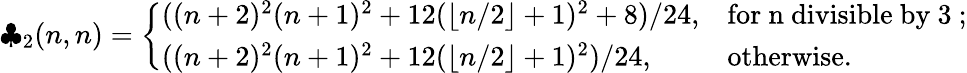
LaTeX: \clubsuit_{2}(n,n)=\left\{ \begin{array}{ll}{((n+2)^{2}(n+1)^{2}+12(\lfloor n/2\rfloor+1)^{2}+8)/24,}&{\mathrm{for~n~divisible~by~3~;}}\\ {((n+2)^{2}(n+1)^{2}+12(\lfloor n/2\rfloor+1)^{2})/24,}&{\mathrm{otherwise.}}\end{array}\right.